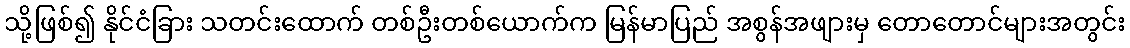
သို့ဖြစ်၍ နိုင်ငံခြား သတင်းထောက် တစ်ဦးတစ်ယောက်က မြန်မာပြည် အစွန်အဖျားမှ တောတောင်များအတွင်း